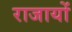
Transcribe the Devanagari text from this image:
राजायों